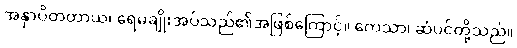
အနှာပိတတာယ၊ ရေမချိုးအပ်သည်၏အဖြစ်ကြောင့်။ ကေသာ၊ ဆံပင်တို့သည်။